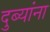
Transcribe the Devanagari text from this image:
दुब्यांना